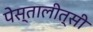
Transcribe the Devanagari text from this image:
पेस्तालीत्सी